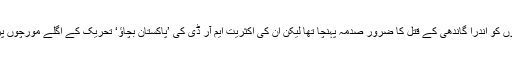
سندھیوں کو اندرا گاندھی کے قتل کا ضرور صدمہ پہنچا تھا لیکن ان کی اکثریت ایم آر ڈی کی ’پاکستان بچاؤ‘ تحریک کے اگلے مورچوں پر تھی۔